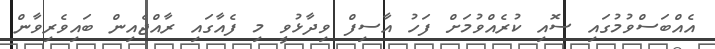
އެއްބަސްވުމުގައި ސޮއި ކުރެއްވުމަށް ފަހު އާސިފް ވިދާޅުވީ މި ފެއާގައި ރާއްޖެއިން ބައިވެރިވާން